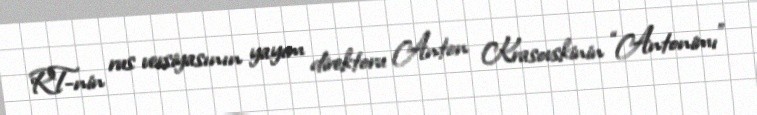
RT-nin rus versiyasının yayım direktoru Anton Krasovskinin “Antonimı”